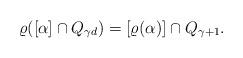
LaTeX: \begin{align*} \varrho([\alpha]\cap Q_{\gamma d}) = [\varrho(\alpha)] \cap Q_{\gamma+1}.\end{align*}